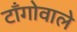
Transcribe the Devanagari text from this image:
टाँगोवाले